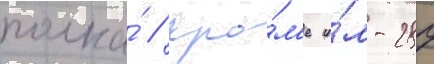
полка́ / кро́м'е и́л-28п